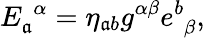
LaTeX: E_{\mathfrak{a}}^{\, \, \alpha}=\eta_{\mathfrak{a}b}g^{\alpha\beta}e_{\, \, \beta}^{b},